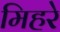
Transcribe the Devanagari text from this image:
मिहरे